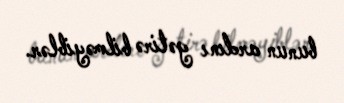
bunun ardını gətirə bilməyiblər.